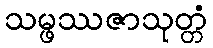
သမ္ဖဿဇာသုတ္တံ